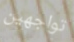
تواجهين